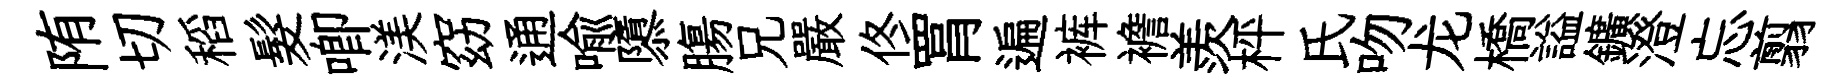
陏切稻髮唧渼窈通喩隳膓兄嚴佟罥遍裤襜羨枰氏吻龙橋謚鑛澄忘翦